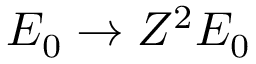
E _ { 0 } \rightarrow Z ^ { 2 } E _ { 0 }